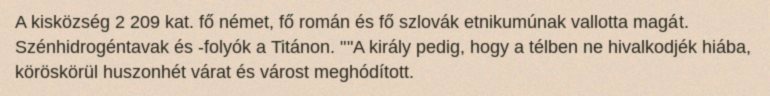
A kisközség 2 209 kat. fő német, fő román és fő szlovák etnikumúnak vallotta magát. Szénhidrogéntavak és -folyók a Titánon. ""A király pedig, hogy a télben ne hivalkodjék hiába, köröskörül huszonhét várat és várost meghódított.